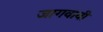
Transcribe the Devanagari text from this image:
जागवावी